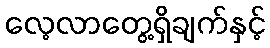
လေ့လာတွေ့ရှိချက်နှင့်